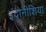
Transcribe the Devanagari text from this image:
इंदोनीशिया